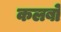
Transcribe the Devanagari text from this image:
कलबो